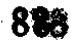
883